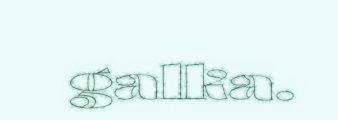
galka.